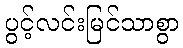
ပွင့်လင်းမြင်သာစွာ